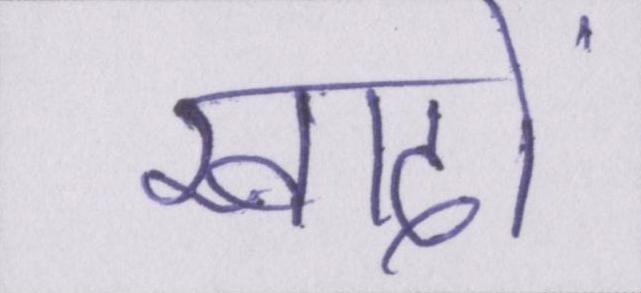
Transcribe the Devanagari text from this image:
खादों